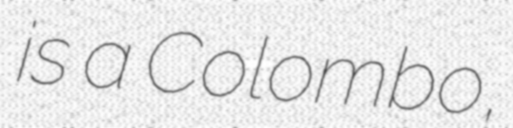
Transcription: is a Colombo,